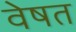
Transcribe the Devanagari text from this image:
वेषत